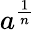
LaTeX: a^{\frac{1}{n}}